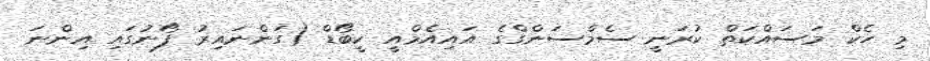
މި ހެކް މަސައްކަތް ކުރަނީ ސެމްސަންގްގެ އައިއެމްއީ ކީބޯޑް (ގަންނައިރު ފޯނުގައި އިންނަ